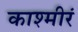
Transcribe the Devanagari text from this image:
काश्मीरं